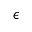
\epsilon